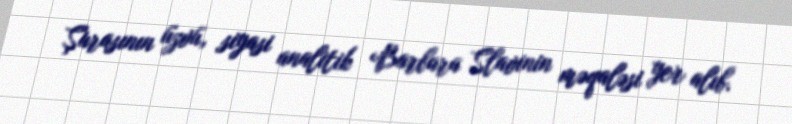
Şurasının üzvü, siyasi analitik Barbara Slavinin məqaləsi yer alıb.